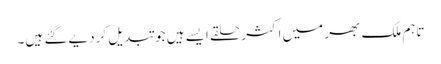
تاہم ملک بھر میں اکثر حلقے ایسے ہیں جو تبدیل کردیے گئے ہیں۔